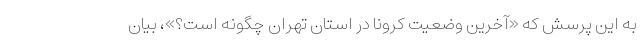
به این پرسش که «آخرین وضعیت کرونا در استان تهران چگونه است؟»، بیان